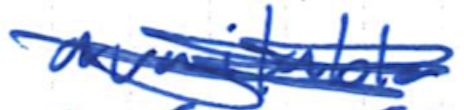
Text: available
Cross-out: scratch
Writing tool: ballpoint